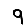
Digit: 9